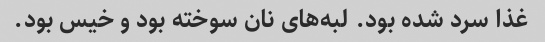
غذا سرد شده بود. لبه‌های نان سوخته بود و خیس بود.